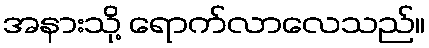
အနားသို့ ရောက်လာလေသည်။